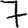
Digit: 7